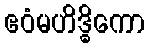
ဧဝံမဟိဒ္ဓိကော